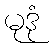
မုဒုံ